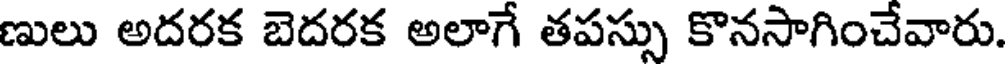
ణులు అదరక బెదరక అలాగే తపస్సు కొనసాగించేవారు.